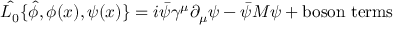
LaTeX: \hat { { \cal L } _ { 0 } } \{ \hat { \phi } , \phi ( x ) , \psi ( x ) \} = i \bar { \psi } \gamma ^ { \mu } \partial _ { \mu } \psi - \bar { \psi } M \psi + \mathrm { b o s o n ~ t e r m s }